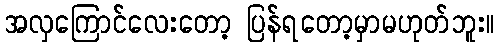
အလှကြောင်လေးတော့ ပြန်ရတော့မှာမဟုတ်ဘူး။